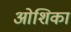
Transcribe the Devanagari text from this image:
ओशिका